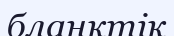
бланктік